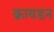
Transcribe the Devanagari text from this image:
क्रायडन